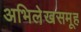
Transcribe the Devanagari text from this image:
अभिलेखसमूह